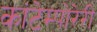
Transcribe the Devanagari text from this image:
कांटेम्पोरेरी